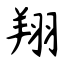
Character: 翔